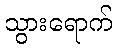
သွားရောက်